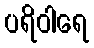
ပရိဝါရေ